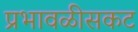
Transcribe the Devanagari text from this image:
प्रभावळीसकट